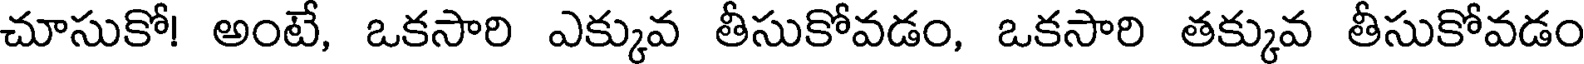
చూసుకో! అంటే, ఒకసారి ఎక్కువ తీసుకోవడం, ఒకసారి తక్కువ తీసుకోవడం